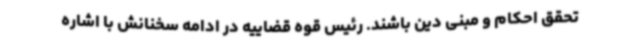
تحقق احکام و مبنی دین باشند. رئیس قوه قضاییه در ادامه سخنانش با اشاره